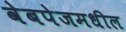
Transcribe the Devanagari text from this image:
वेबपेजमधील